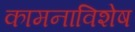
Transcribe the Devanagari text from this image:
कामनाविशेष